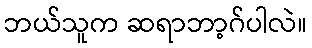
ဘယ်သူက ဆရာဘာ့ဂ်ပါလဲ။